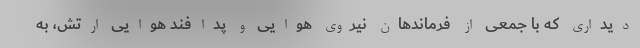
دیداری که با جمعی از فرماندهان نیروی هوایی و پدافند هوایی ارتش، به